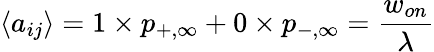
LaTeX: \langle a_{ij}\rangle=1\times p_{+,\infty}+0\times p_{-,\infty}={\frac{w_{on}}{\lambda}}